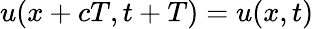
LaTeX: u(x+cT,t+T)=u(x,t)